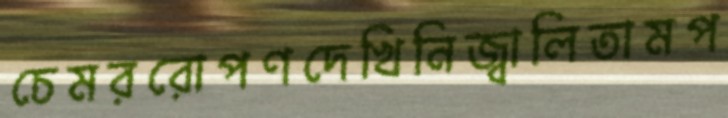
চেমররোপণদেখিনিজ্বালিতামপ